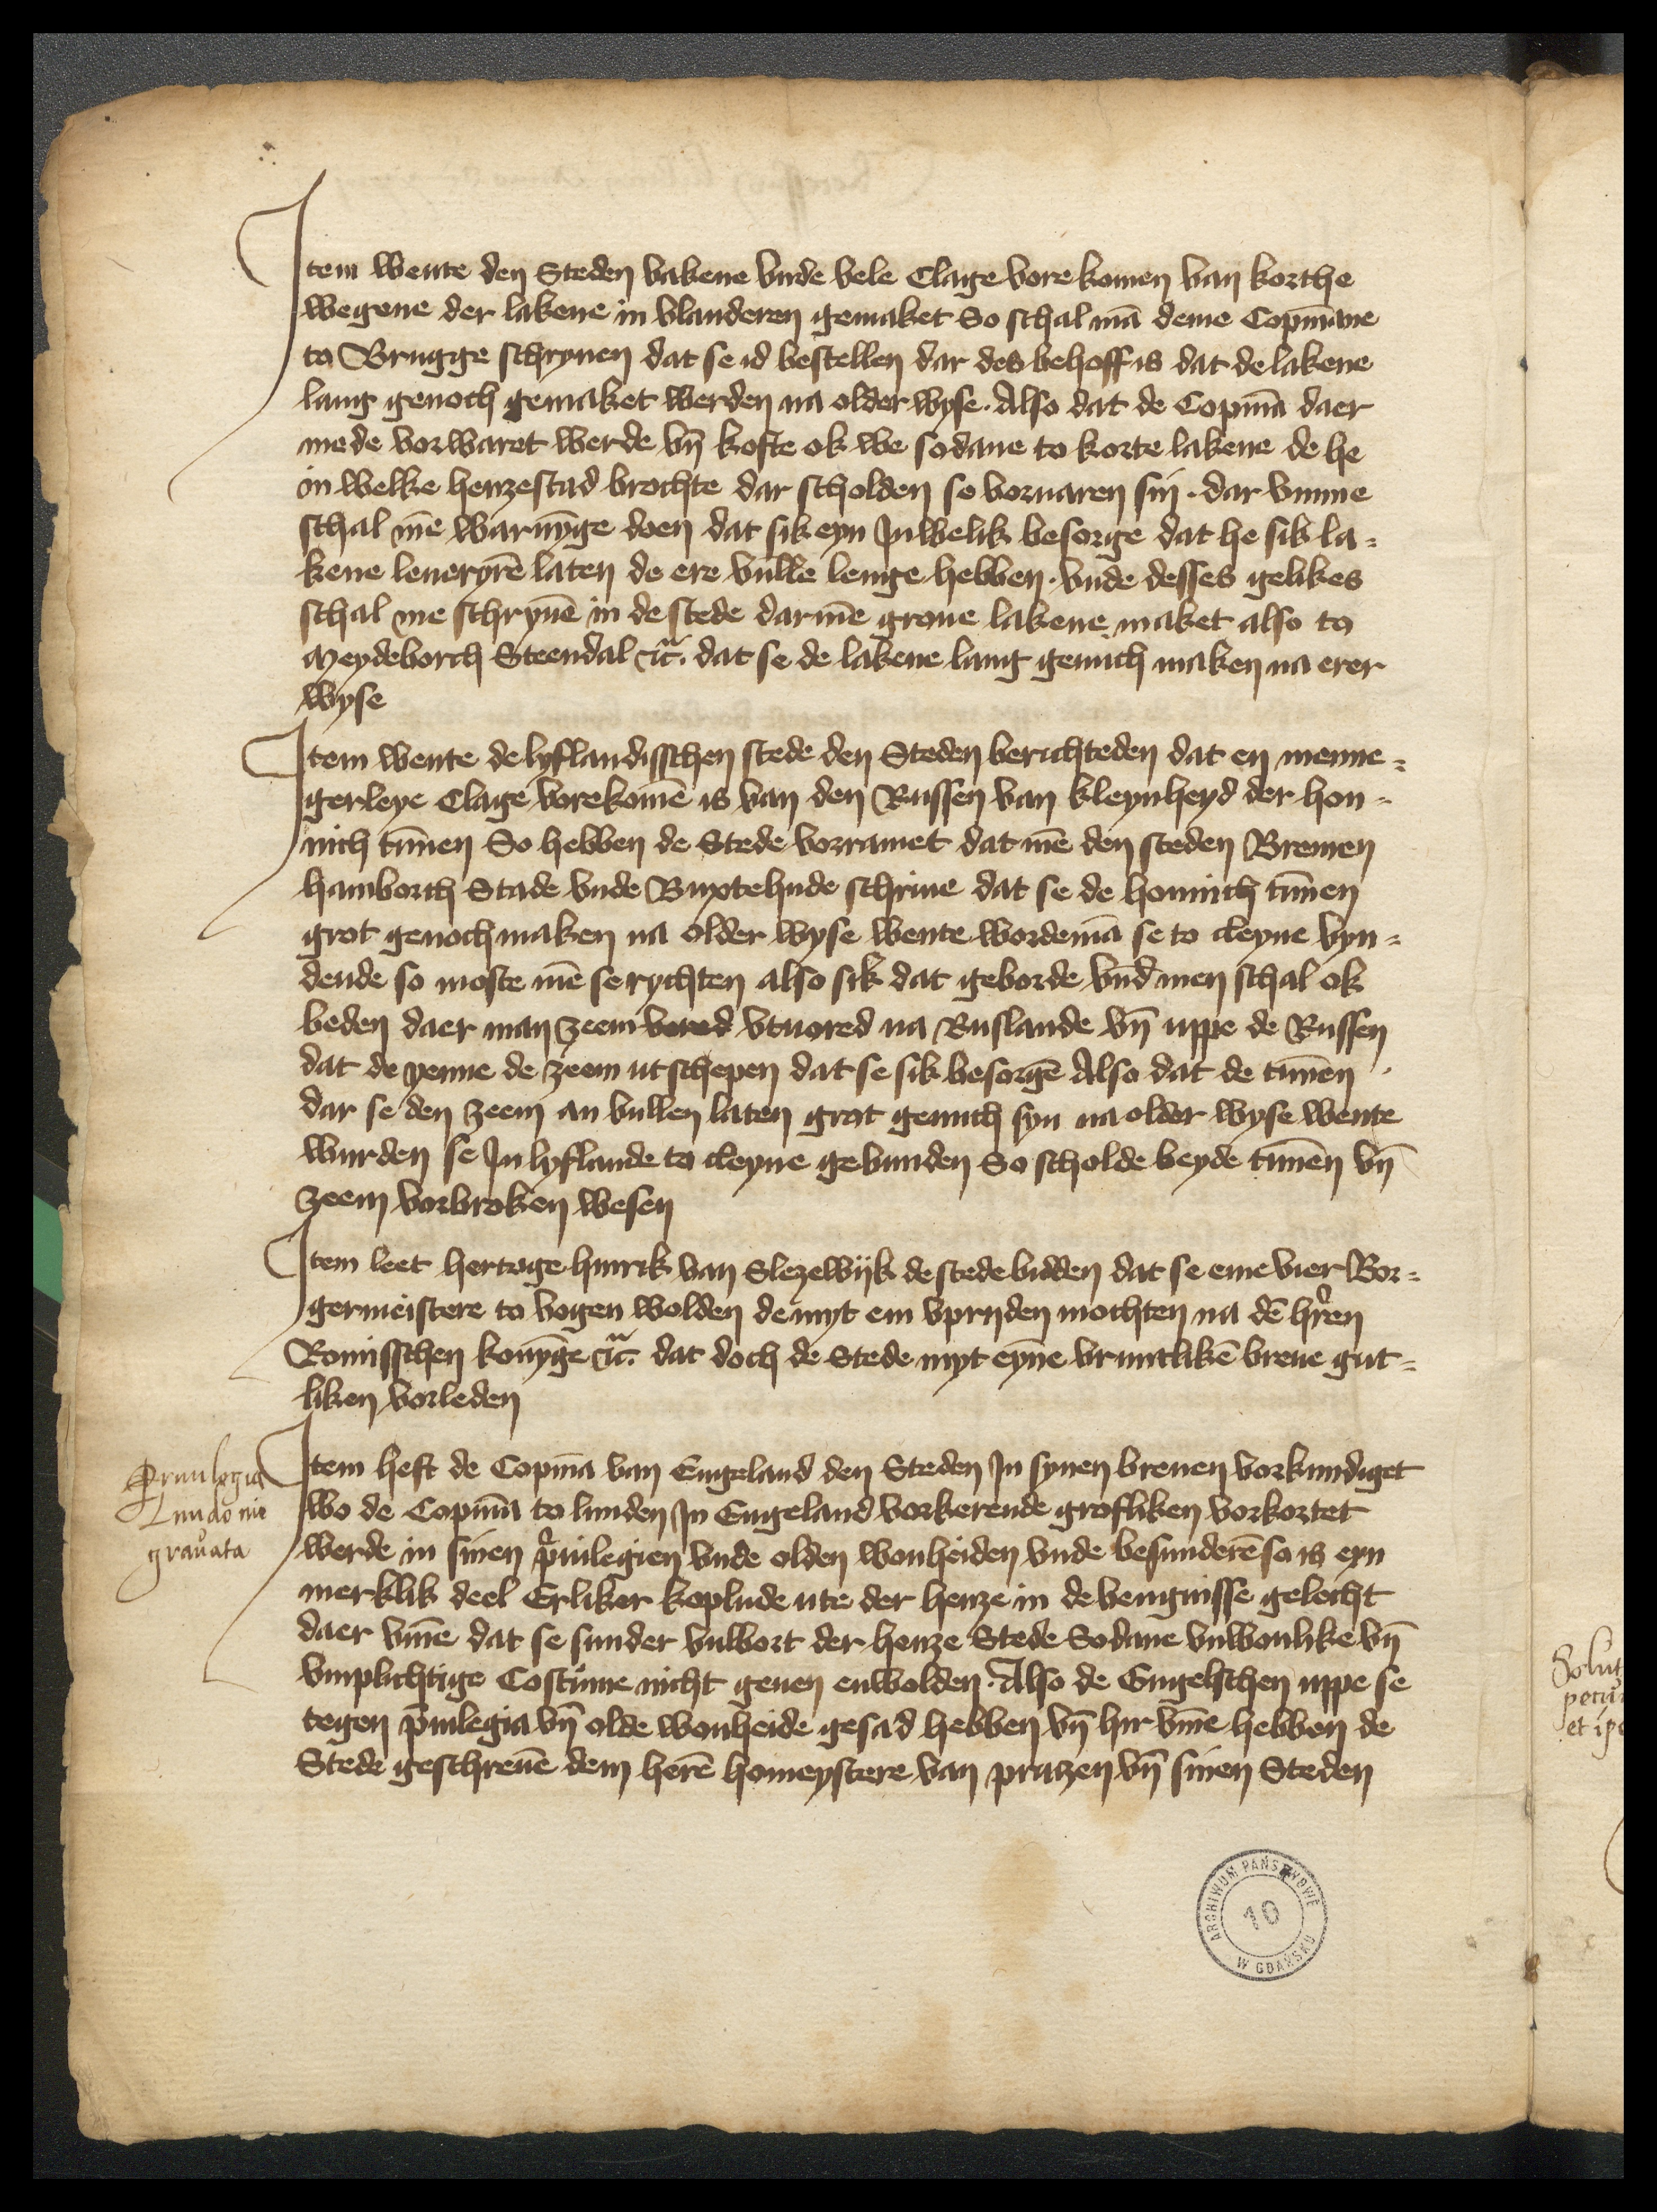
Jtem wente den Steden lakene vnde vele Clage vore komen van korthe
wegene der lakene in Vlanderen gemaket So schal man deme Copmanne
to Brugge schryuen dat se id bestellen dar des behoff is dat de lakene
lang genoch gemaket werden na older wyse Also dat de Copman daer
mede vorwaret werde vnd koste ok we sodane to korte lakene de he
in welke henzestad brochte dar scholden so voruaren sin. dar vmme
schal men warnynge doen dat sik eyn Juwelik besorge dat he sik la¬
kene leueryren laten de ere vullen lenge hebben vnde desses yelikes
schal me schryuen in de stede darmen groue lakene maket also to
Meydeborch Steendal etcetera dat se de lakene lang genuch maken na erer

wyse
Jtem wente de lyflandisschen stede den Steden berichteden dat en menne¬
gerleye clage vorekomen is van den Russen van Kleynheyd der hon¬
nich tunnen So hebben de Stede vorramet dat men den steden Bremen
Hamborch Stade vnde Buxtehude schriuen dat se de honnich tunnen
grot genoch maken na older wyse wente wordeman se to cleyne vyn¬
dende so moste men se richten also sik dat geborde vnde men schal ok
beden daer man zeem bored vtuored na Ruslande vnd vppe de Russen
dat de yenne de zeem utschepen dat se sik besorgen Also dat de tunnen
dar se den zeem an vullen laten grot genuch syn na older wyse wente
wurden se Jn lyflande to cleyne gebunden So scholde beyde tunnen by
zeem vorbroken wesen

Jtem leet hertoge Hinrik van Slezewyk de stede bidden dat se eme vier Bor¬
germeistere to vogen wolden de myt em vpryden mochten na den heren
Romisschen konynge etcetera dat doch de Stede myt eynen vruntliken breue gut¬
liken vorleden

Jtem hefft de Copman van Engeland den Steden Jn synen breuen vorkundiget
wo de Copman to Lunden Jn Engeland vorkerende grosliken vorkortet
werde in sinen priuilegien vnde olden wonheiden vnde besunderen so is eyn
merklik deel Erliker koplude ute der henze in de vengnisse gelecht
daer vmme dat se sunder vulbort der henze Stede Sodane vnwonlike by
vmplichtige Costume nicht geuen enwolden Also de Engelschen vppe se
tegen priuilegia vnd olde wonheide gesad hebben vnd hirvmme hebben de
Stede geschreuen dem heren homeystere van Prutzen vnd sinen Steden

Priuilegia
Lundonie
grauata